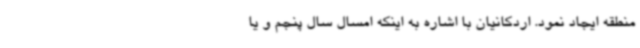
منطقه ایجاد نمود. اردکانیان با اشاره به اینکه امسال سال پنجم و یا